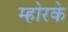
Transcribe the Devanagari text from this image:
म्होरके